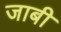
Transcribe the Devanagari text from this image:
जाबी